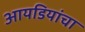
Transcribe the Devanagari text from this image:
आयडियांचा